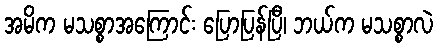
အမိက မသစ္စာအကြောင်း ပြောပြန်ပြီ၊ ဘယ်က မသစ္စာလဲ